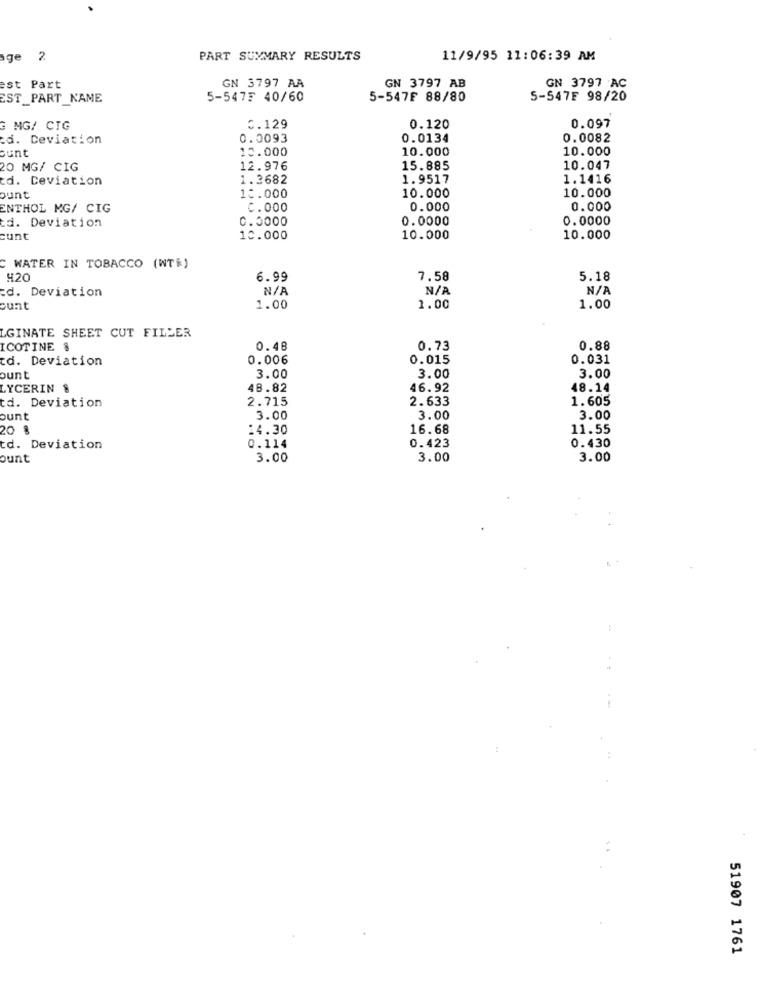
ge 2
PART SUMMARY RESULTS
11/9/95 11:06:39 AM
GN 3797 AA
GN 3797 AB
GN 3797 AC
est Part
EST PART_NAME
5-5475 40/60
5-547F 88/80
5-547F 98/20
0.097
G MG/ CTG
3.129
0.120
cd. Deviation
0.0093
0.0134
0.0082
10.000
10.000
10.000
Bunt
20 MG/ CIG
12.976
15.885
10.047
d. Ceviation
1.3682
1.9517
1.1416
10.000
10.000
ount
10.000
ENTHOL MG/ CIG
C.000
0.000
0.000
td. Deviation
C.3000
0.0000
0.0000
cunt
10.000
10.000
10.000
C WATER IN TOBACCO (WT)
920
6.99
7.58
5.18
d. Deviation
ount
1.00
1.00
1.00
LGINATE SHEET CUT FILLER
ICOTINE &
0.48
0.73
0.88
td. Deviation
0.006
0.015
0.031
ount
3.00
3.00
3.00
LYCERIN &
48.82
46.92
48.14
2.715
2.633
1.605
td. Deviation
ount
3.00
3.00
3.00
20 %
14.30
16.68
11.55
td. Deviation
0.114
0.423
0.430
ount
3.00
3.00
3.00
51907 1761